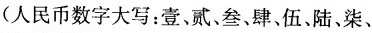
(人民币数字大写；壹，贰、叁、肆，伍、陆。柒、